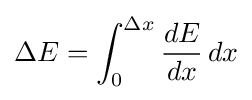
\Delta E=\int _{0}^{\Delta x}{\frac {dE}{dx}}\,dx